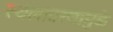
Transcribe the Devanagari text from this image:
स्थलांतरणामुळे